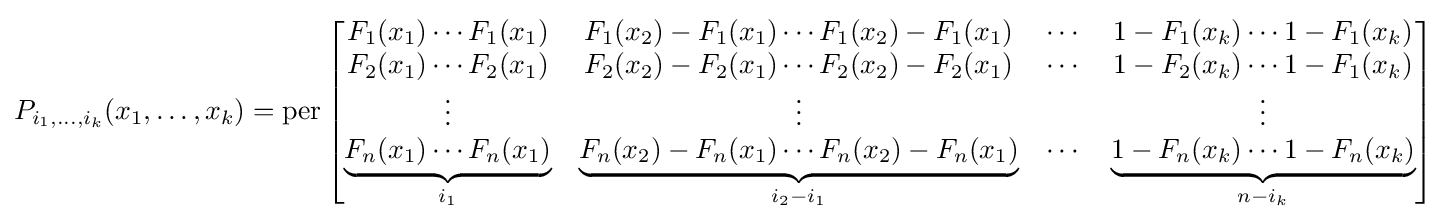
{\begin{aligned}P_{i_{1},\ldots ,i_{k}}(x_{1},\ldots ,x_{k})=\operatorname {per} {\begin{bmatrix}F_{1}(x_{1})\cdots F_{1}(x_{1})&F_{1}(x_{2})-F_{1}(x_{1})\cdots F_{1}(x_{2})-F_{1}(x_{1})&\cdots &1-F_{1}(x_{k})\cdots 1-F_{1}(x_{k})\\F_{2}(x_{1})\cdots F_{2}(x_{1})&F_{2}(x_{2})-F_{2}(x_{1})\cdots F_{2}(x_{2})-F_{2}(x_{1})&\cdots &1-F_{2}(x_{k})\cdots 1-F_{1}(x_{k})\\\vdots &\vdots &&\vdots \\\underbrace {F_{n}(x_{1})\cdots F_{n}(x_{1})} _{i_{1}}&\underbrace {F_{n}(x_{2})-F_{n}(x_{1})\cdots F_{n}(x_{2})-F_{n}(x_{1})} _{i_{2}-i_{1}}&\cdots &\underbrace {1-F_{n}(x_{k})\cdots 1-F_{n}(x_{k})} _{n-i_{k}}\end{bmatrix}}\end{aligned}}